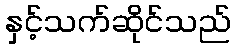
နှင့်သက်ဆိုင်သည်